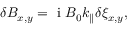
\begin{array} { r } { \delta B _ { x , y } = \mathrm { ~ i ~ } B _ { 0 } k _ { \parallel } \delta \xi _ { x , y } , } \end{array}